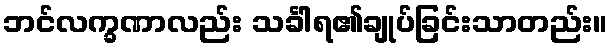
ဘင်လက္ခဏာလည်း သင်္ခါရ၏ချုပ်ခြင်းသာတည်း။